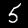
Label: 5